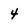
Character: 4